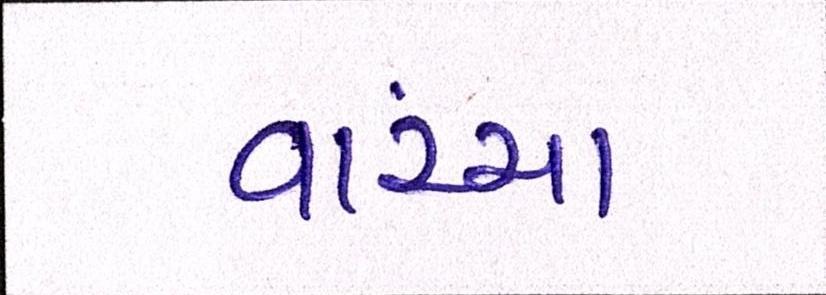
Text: વાંચ્યા